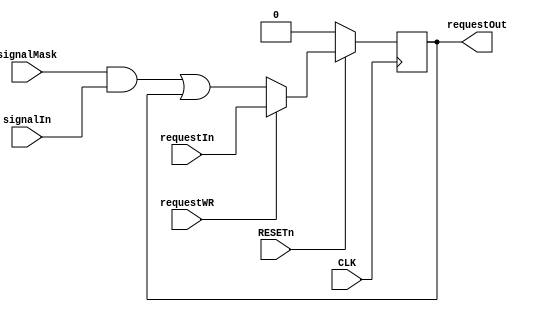
module interrupt_channel
(
    input       CLK,
    input       RESETn,
    input       signalMask, 
    input       signalIn,   
    input       requestWR,  
    input       requestIn,  
    output reg  requestOut  
);
    wire request =  requestWR   ? requestIn : 
                    (signalMask & signalIn | requestOut);
    always @ (posedge CLK)
        if(~RESETn)
            requestOut <= 1'b0;
        else
            requestOut <= request;
endmodule